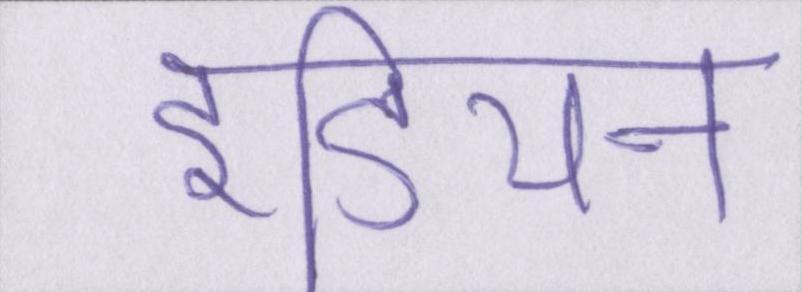
इंडियन